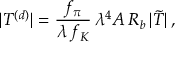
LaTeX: | T ^ { ( d ) } | = \frac { f _ { \pi } } { \lambda \, f _ { K } } \, \lambda ^ { 4 } A \, R _ { b } \, | \tilde { \cal T } | \, ,